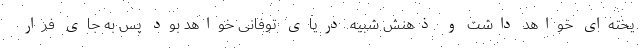
یخته‌ای خواهد داشت و ذهنش شبیه دریای توفانی خواهد بود پس به جای فرار